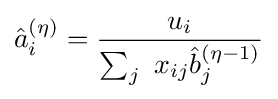
{\hat {a}}_{i}^{(\eta )}={\frac {u_{i}}{\sum _{j}\ x_{ij}{\hat {b}}_{j}^{(\eta -1)}}}